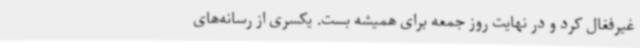
غیرفغال کرد و در نهایت روز جمعه برای همیشه بست. یکسری از رسانه‌های